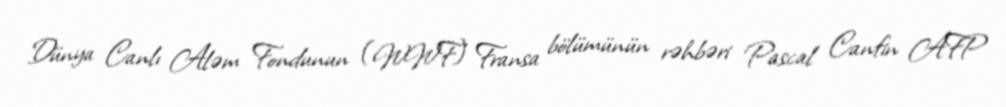
Dünya Canlı Aləm Fondunun (WWF) Fransa bölümünün rəhbəri Pascal Canfin AFP